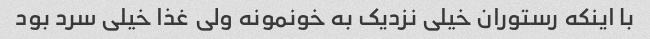
با اینکه رستوران خیلی نزدیک به خونمونه ولی غذا خیلی سرد بود